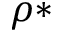
\rho *